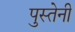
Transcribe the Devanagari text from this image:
पुस्तेनी